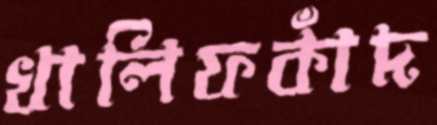
খালিফকাঁদ